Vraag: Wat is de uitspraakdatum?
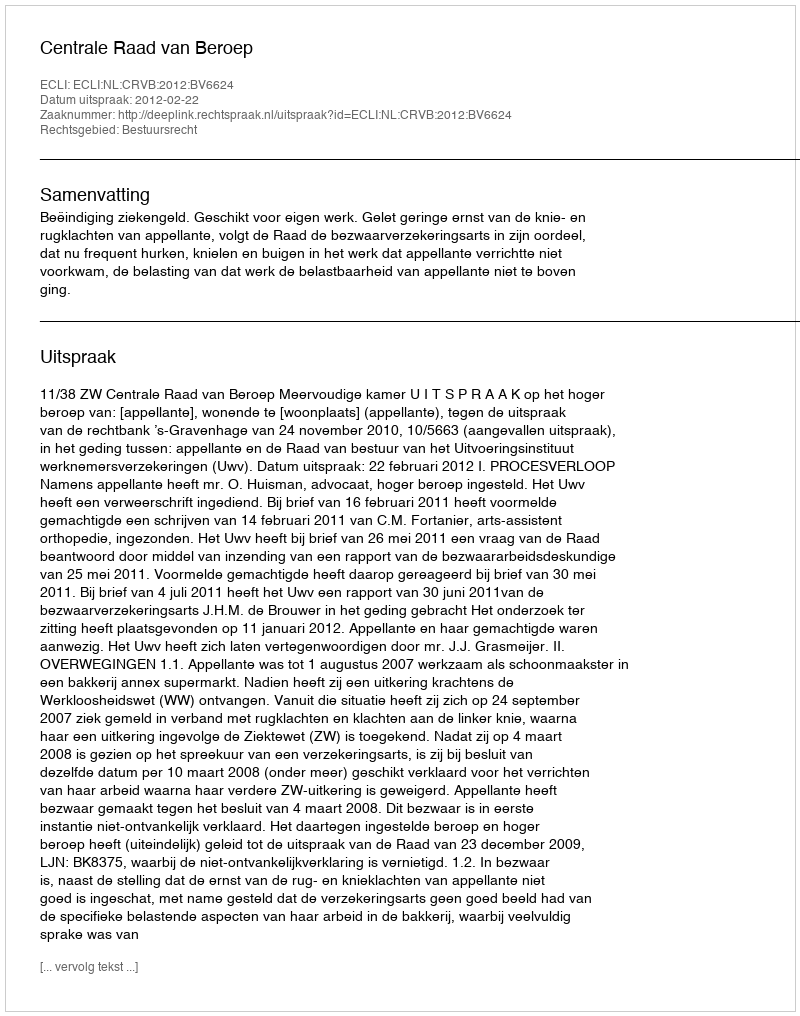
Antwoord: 2012-02-22